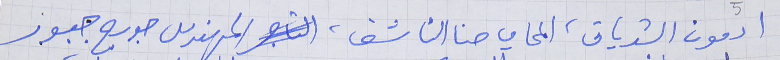
ادمون الشدياق، المحامي حنا الناشف، المهندس جورج جبور